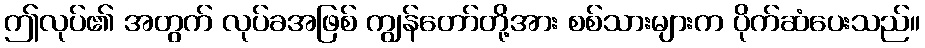
ဤလုပ်၏ အတွက် လုပ်ခအဖြစ် ကျွန်တော်တို့အား စစ်သားများက ပိုက်ဆံပေးသည်။